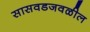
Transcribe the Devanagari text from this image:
सासवडजवळील